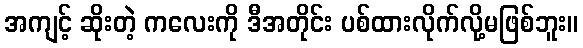
အကျင့် ဆိုးတဲ့ ကလေးကို ဒီအတိုင်း ပစ်ထားလိုက်လို့မဖြစ်ဘူး။